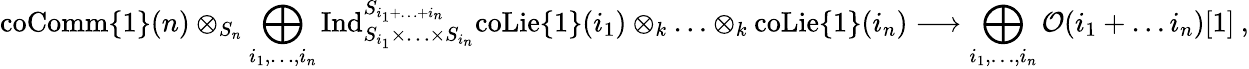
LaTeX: \mathrm{coComm}\{ 1\} (n)\otimes_{S_{n}}\bigoplus_{i_{1},\ldots,i_{n}}\mathrm{Ind}_{S_{i_{1}}\times\ldots\times S_{i_{n}}}^{S_{i_{1}+\ldots+i_{n}}}\mathrm{coLie}\{ 1\} (i_{1})\otimes_{k}\ldots\otimes_{k}\mathrm{coLie}\{ 1\} (i_{n})\longrightarrow\bigoplus_{i_{1},\ldots,i_{n}}\mathcal{O}(i_{1}+\ldots i_{n})[1]\: ,